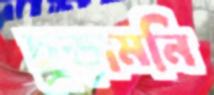
চুড়ামনি